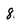
Character: 8